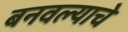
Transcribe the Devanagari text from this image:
बनवल्याचे